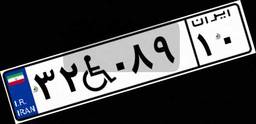
۵۸W۷۴۱۸۸